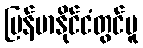
မြန်မာနိုင်ငံတွင်မူ